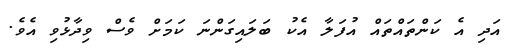
އަދި އެ ކަންތައްތައް އުފަލާ އެކު ބަލައިގަންނަ ކަމަށް ވެސް ވިދާޅުވި އެވެ.